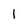
Character: 1